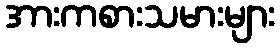
အားကစားသမားများ